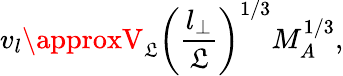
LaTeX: v_{l}\approxV_{\mathfrak{L}}\left(\frac{{l_{\bot}}}{{\mathfrak{L}}}\right)^{1/3}M_{A}^{1/3},